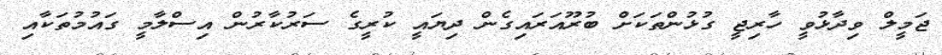
ޖަމީލް ވިދާޅުވީ ހާރިޖީ ގުޅުންތަކަށް ބުރޫއަރައިގެން ދިޔައީ ކުރީގެ ސަރުކާރުން އިސްލާމީ ގައުމުތަކާއި